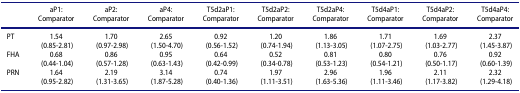
<table><thead><tr><td><b> </b></td><td><b>aP1:Comparator</b></td><td><b>aP2:Comparator</b></td><td><b>aP4:Comparator</b></td><td><b>T5d2aP1:Comparator</b></td><td><b>T5d2aP2:Comparator</b></td><td><b>T5d2aP4:Comparator</b></td><td><b>T5d4aP1:Comparator</b></td><td><b>T5d4aP2:Comparator</b></td><td><b>T5d4aP4:Comparator</b></td></tr></thead><tbody><tr><td>PT</td><td>1.54(0.85-2.81)</td><td>1.70(0.97-2.98)</td><td>2.65(1.50-4.70)</td><td>0.92(0.56-1.52)</td><td>1.20(0.74-1.94)</td><td>1.86(1.13-3.05)</td><td>1.71(1.07-2.75)</td><td>1.69(1.03-2.77)</td><td>2.37(1.45-3.87)</td></tr><tr><td>FHA</td><td>0.68(0.44-1.04)</td><td>0.86(0.57-1.28)</td><td>0.95(0.63-1.43)</td><td>0.64(0.42-0.99)</td><td>0.52(0.34-0.78)</td><td>0.81(0.53-1.23)</td><td>0.80(0.54-1.21)</td><td>0.76(0.50-1.17)</td><td>0.92(0.60-1.39)</td></tr><tr><td>PRN</td><td>1.64(0.95-2.82)</td><td>2.19(1.31-3.65)</td><td>3.14(1.87-5.28)</td><td>0.74(0.40-1.36)</td><td>1.97(1.11-3.51)</td><td>2.96(1.63-5.36)</td><td>1.96(1.11-3.46)</td><td>2.11(1.17-3.82)</td><td>2.32(1.29-4.18)</td></tr></tbody></table>